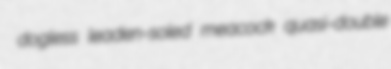
dogless leaden-soled meacock quasi-double